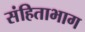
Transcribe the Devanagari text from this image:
संहिताभाग